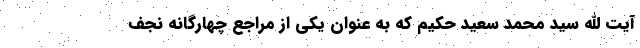
آیت الله سید محمد سعید حکیم که به عنوان یکی از مراجع چهارگانه نجف